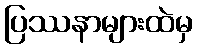
ပြဿနာများထဲမှ